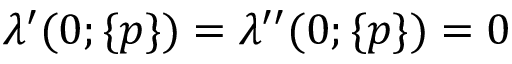
\lambda ^ { \prime } ( 0 ; \{ p \} ) = \lambda ^ { \prime \prime } ( 0 ; \{ p \} ) = 0